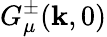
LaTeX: G_{\mu}^{\pm}(\mathbf{k},0)